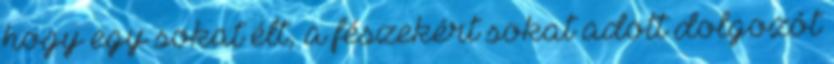
hogy egy sokat élt, a fészekért sokat adott dolgozót